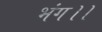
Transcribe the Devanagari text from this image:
भंग।।